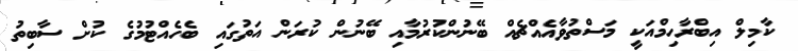
ކާމިލް އިބްރާހިމްއަކީ މަސްތުވާއެއްޗެއް ބޭނުންކުރުމާއި ބޭނުން ކުރަން އަތުގައި ބެހެއްޓުމުގެ ކުށް ސާބިތު